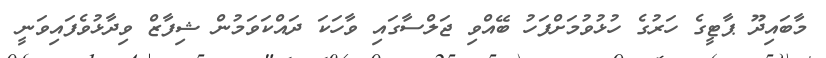
މާބައިދޫ ޕާޓީގެ ހަރުގެ ހުޅުވުމަށްފަހު ބޭއްވި ޖަލްސާގައި ވާހަކަ ދައްކަވަމުން ޝިފާޒް ވިދާޅުވެފައިވަނީ